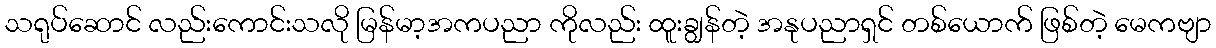
သရုပ်ဆောင် လည်းကောင်းသလို မြန်မာ့အကပညာ ကိုလည်း ထူးချွန်တဲ့ အနုပညာရှင် တစ်ယောက် ဖြစ်တဲ့ မေကဗျာ